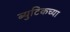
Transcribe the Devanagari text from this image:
ब्युटिकच्या